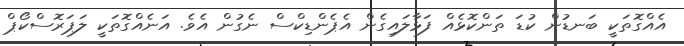
އެއްގޮތަކީ ބަނޑުން ކުޑަ ތަންކޮޅެއް ފަޅާލައިގެން އެޕެންޑިކްސް ނެގުން އެވެ. އަނެއްގޮތަކީ ލަޕަރޮސްކޯޕް